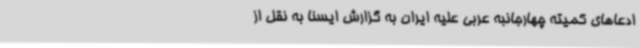
ادعاهای کمیته چهارجانبه عربی علیه ایران به گزارش ایسنا به نقل از